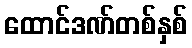
ထောင်ဒဏ်တစ်နှစ်